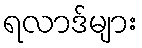
ရလာဒ်များ